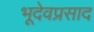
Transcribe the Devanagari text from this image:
भूदेवप्रसाद